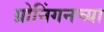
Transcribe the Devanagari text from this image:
ग्रोनिंगनच्या